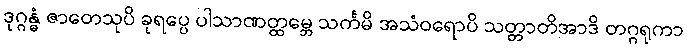
ဒုဂ္ဂန္ဓံ ဇာတေသုပိ ခုရပ္ပေ ပါသာဏတ္ထမ္ဘေ သင်္ကမိ အသံဝရောပိ သတ္တာတိအာဒိ တဂ္ဂရုကာ